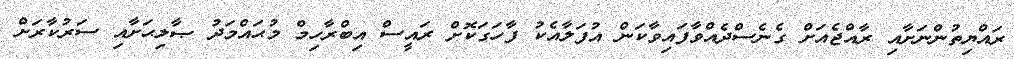
ރައްޔިތުންނަށާއި ރާއްޖެއަށް ގެނެސްދެއްވާފައިވާކަން އުފަލާއެކު ފާހަގަކޮށް ރައީސް އިބްރާހިމް މުޙައްމަދު ޞާލިޙަށާއި ސަރުކާރަށް